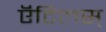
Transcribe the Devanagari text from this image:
ऍंटिलस्‌